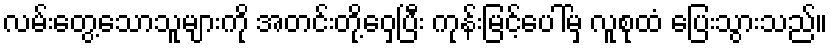
လမ်းတွေ့သောသူများကို အတင်းတို့ဝှေ့ပြီး ကုန်းမြင့်ပေါ်မှ လူစုထံ ပြေးသွားသည်။